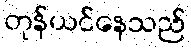
တုန်ယင်နေသည်